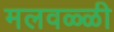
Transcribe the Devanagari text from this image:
मलवळ्ळी